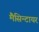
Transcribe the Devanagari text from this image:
मैसिन्टायर